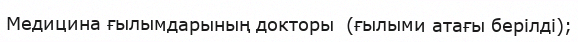
Медицина ғылымдарының докторы  (ғылыми атағы берілді);